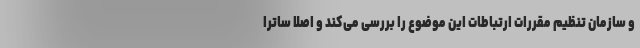
و سازمان تنظیم مقررات ارتباطات این موضوع را بررسی می‌کند و اصلا ساترا